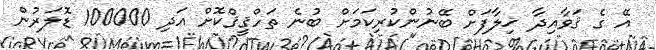
އޭ ގެ ޤަވާއިދާ ޚިލާފަށް ބޭނުންކުރިކަމަށް ބުނެ ތަހްޤީޤްކޮށް އަދި 100000 ޑޮލަރުން